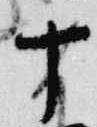
十